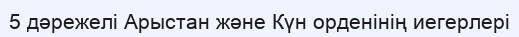
5 дәрежелі Арыстан және Күн орденінің иегерлері